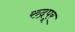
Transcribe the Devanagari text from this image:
रुद्रपूर